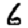
Digit: 6